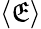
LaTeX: \langle\mathfrak{E}\rangle